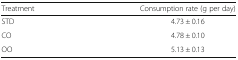
<table><thead><tr><td><b>Treatment</b></td><td><b>Consumption rate (g per day)</b></td></tr></thead><tbody><tr><td>STD</td><td>4.73 ± 0.16</td></tr><tr><td>CO</td><td>4.78 ± 0.10</td></tr><tr><td>OO</td><td>5.13 ± 0.13</td></tr></tbody></table>